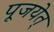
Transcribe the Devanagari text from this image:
पूजयेत्